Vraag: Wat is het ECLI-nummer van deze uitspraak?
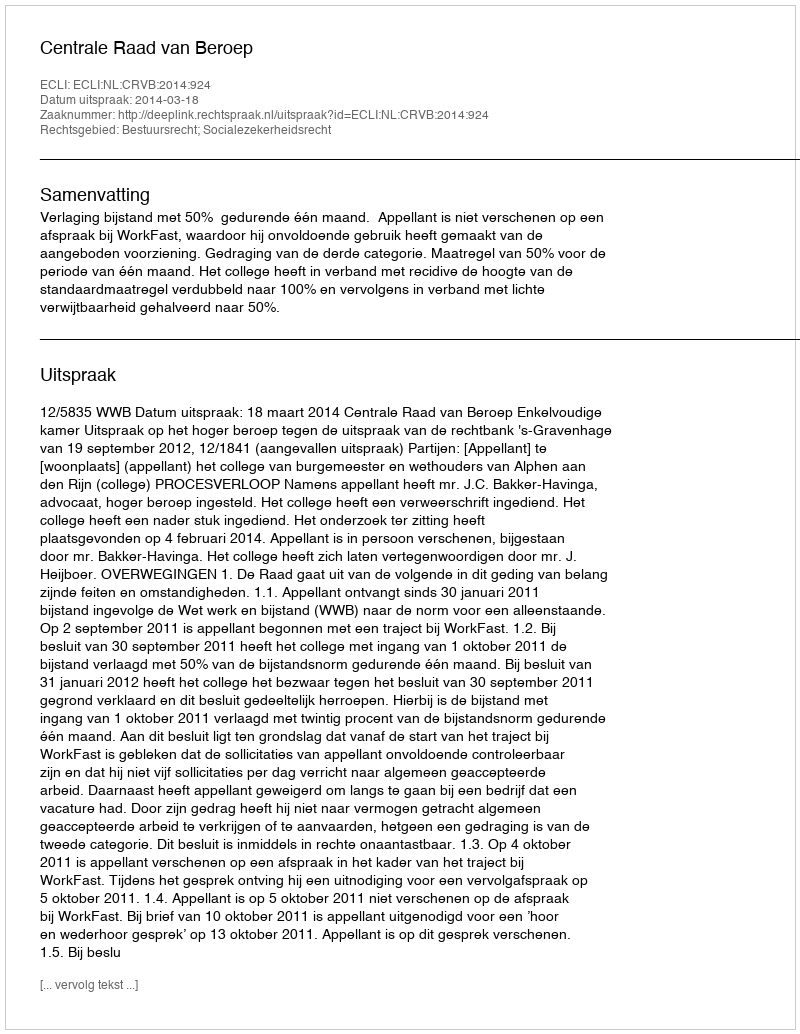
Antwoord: ECLI:NL:CRVB:2014:924